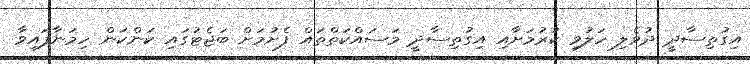
އިގުތިސާދީ ދުވެލި ހަލުވި ކުރުމަށާއި އިގުތިސާދީ މަސައްކަތްތައް ފެށުމަށް ބަޖެޓުގައި ކަންކަން ހިމަނާފައިވާ